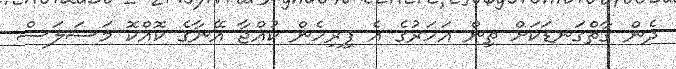
ދެން ގާތްގަނޑަކަށް ތިން އަހަރުގެ އެ ފިރިހެން ކުއްޖާ އޭނާގެ ކޮއްކޮ މަސަލަސް